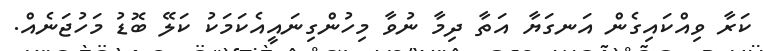
ކަރާ ވިއްކައިގެން އަނގަޔާ އަތާ ދިމާ ނުވާ މިިހުންގިނައީއެކަމަކު ކަލޭ ބޮޑު މަހުޖަނެއް.